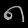
Digit: ၈